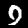
Label: 9